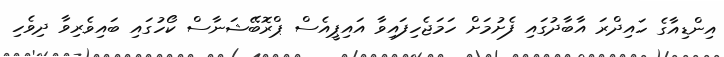
އިންޑިއާގެ ހައިދްރަ އާބާދުގައި ފެށުމަށް ހަމަޖެހިފައިވާ އައިޕީއެސް ޕްރޮބޭޝަނާސް ކޯހުގައި ބައިވެރިވާ ދިވެހި